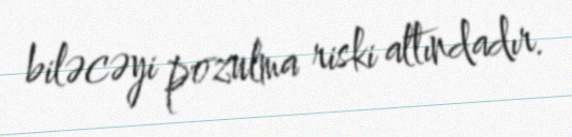
biləcəyi pozulma riski altındadır.